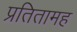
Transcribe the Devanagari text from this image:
प्रतितामह